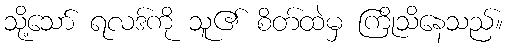
သို့သော် ရလဒ်ကို သူ၏ စိတ်ထဲမှ ကြိုသိနေသည်။